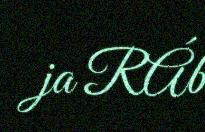
ja RÁb